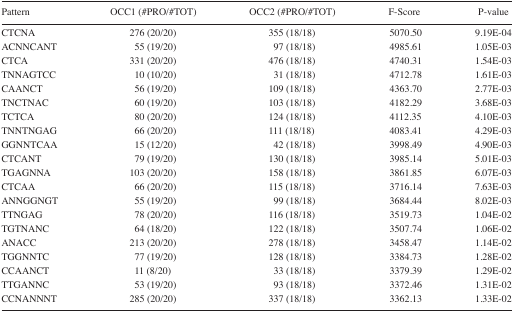
<table><thead><tr><td><b>Pattern</b></td><td><b>OCC1 (#PRO/#TOT)</b></td><td><b>OCC2 (#PRO/#TOT)</b></td><td><b>F-Score</b></td><td><b>P-value</b></td></tr></thead><tbody><tr><td>CTCNA</td><td>276 (20/20)</td><td>355 (18/18)</td><td>5070.50</td><td>9.19E-04</td></tr><tr><td>ACNNCANT</td><td>55 (19/20)</td><td>97 (18/18)</td><td>4985.61</td><td>1.05E-03</td></tr><tr><td>CTCA</td><td>331 (20/20)</td><td>476 (18/18)</td><td>4740.31</td><td>1.54E-03</td></tr><tr><td>TNNAGTCC</td><td>10 (10/20)</td><td>31 (18/18)</td><td>4712.78</td><td>1.61E-03</td></tr><tr><td>CAANCT</td><td>56 (19/20)</td><td>109 (18/18)</td><td>4363.70</td><td>2.77E-03</td></tr><tr><td>TNCTNAC</td><td>60 (19/20)</td><td>103 (18/18)</td><td>4182.29</td><td>3.68E-03</td></tr><tr><td>TCTCA</td><td>80 (20/20)</td><td>124 (18/18)</td><td>4112.35</td><td>4.10E-03</td></tr><tr><td>TNNTNGAG</td><td>66 (20/20)</td><td>111 (18/18)</td><td>4083.41</td><td>4.29E-03</td></tr><tr><td>GGNNTCAA</td><td>15 (12/20)</td><td>42 (18/18)</td><td>3998.49</td><td>4.90E-03</td></tr><tr><td>CTCANT</td><td>79 (19/20)</td><td>130 (18/18)</td><td>3985.14</td><td>5.01E-03</td></tr><tr><td>TGAGNNA</td><td>103 (20/20)</td><td>158 (18/18)</td><td>3861.85</td><td>6.07E-03</td></tr><tr><td>CTCAA</td><td>66 (20/20)</td><td>115 (18/18)</td><td>3716.14</td><td>7.63E-03</td></tr><tr><td>ANNGGNGT</td><td>55 (19/20)</td><td>99 (18/18)</td><td>3684.44</td><td>8.02E-03</td></tr><tr><td>TTNGAG</td><td>78 (20/20)</td><td>116 (18/18)</td><td>3519.73</td><td>1.04E-02</td></tr><tr><td>TGTNANC</td><td>64 (18/20)</td><td>122 (18/18)</td><td>3507.74</td><td>1.06E-02</td></tr><tr><td>ANACC</td><td>213 (20/20)</td><td>278 (18/18)</td><td>3458.47</td><td>1.14E-02</td></tr><tr><td>TGGNNTC</td><td>77 (19/20)</td><td>128 (18/18)</td><td>3384.73</td><td>1.28E-02</td></tr><tr><td>CCAANCT</td><td>11 (8/20)</td><td>33 (18/18)</td><td>3379.39</td><td>1.29E-02</td></tr><tr><td>TTGANNC</td><td>53 (19/20)</td><td>93 (18/18)</td><td>3372.46</td><td>1.31E-02</td></tr><tr><td>CCNANNNT</td><td>285 (20/20)</td><td>337 (18/18)</td><td>3362.13</td><td>1.33E-02</td></tr></tbody></table>